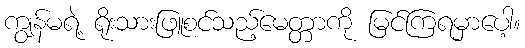
ကျွန်မရဲ့ ရိုးသားဖြူစင်သည့်မေတ္တာကို မြင်ကြရမှာပေါ့။